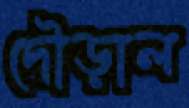
দৌড়াল